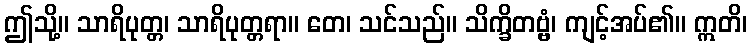
ဤသို့။ သာရိပုတ္တ၊ သာရိပုတ္တရာ။ တေ၊ သင်သည်။ သိက္ခိတဗ္ဗံ၊ ကျင့်အပ်၏။ ဣတိ၊